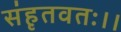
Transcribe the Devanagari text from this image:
संहृतवतः।।